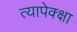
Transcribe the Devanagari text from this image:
त्यापेक्क्षा